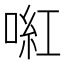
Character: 𠸣